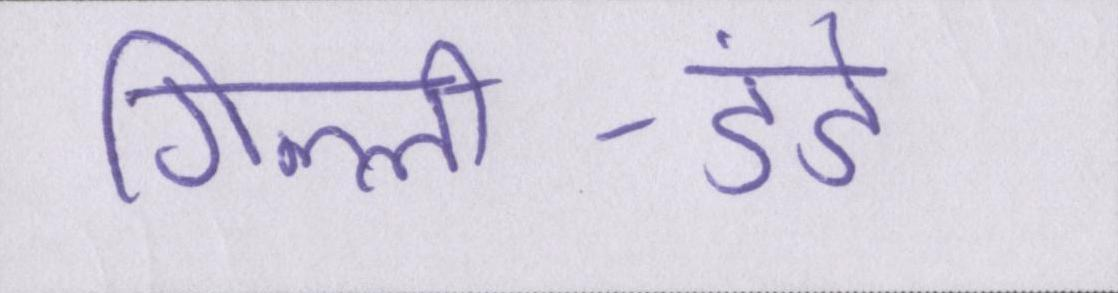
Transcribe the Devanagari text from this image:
गिल्ली-डंडे